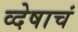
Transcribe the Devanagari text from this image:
व्देषाचं